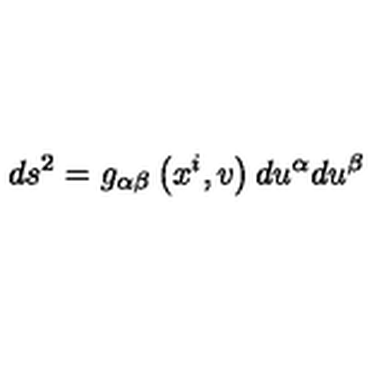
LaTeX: d s ^ { 2 } = g _ { \alpha \beta } \left( x ^ { i } , v \right) d u ^ { \alpha } d u ^ { \beta }